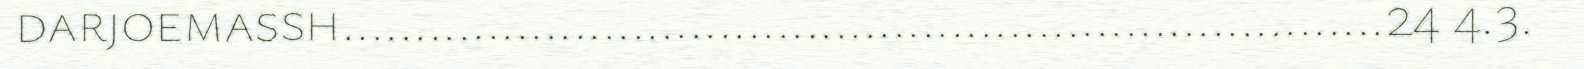
darjoemassh........................................................................24 4.3.